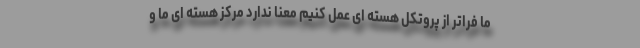
ما فراتر از پروتکل هسته ای عمل کنیم معنا ندارد مرکز هسته ای ما و